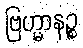
ဗြဟ္မာနဉ္စ